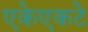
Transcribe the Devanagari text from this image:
एकेएकटे